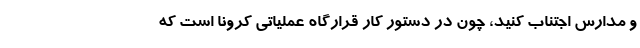
و ‌مدارس اجتناب کنید، چون در دستور کار قرارگاه عملیاتی کرونا است که